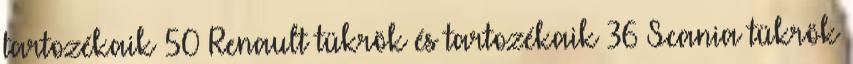
tartozékaik 50 Renault tükrök és tartozékaik 36 Scania tükrök